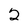
Character: 2